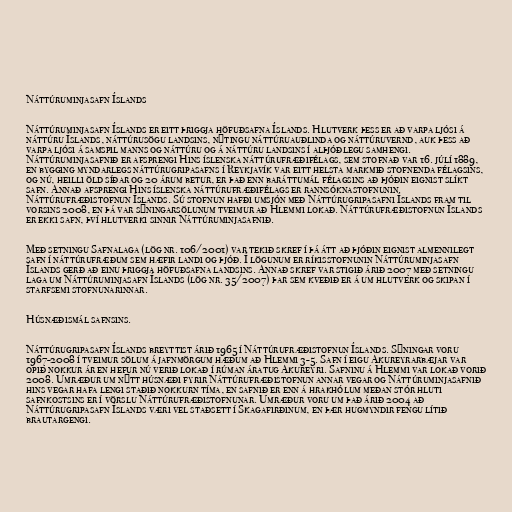
Náttúruminjasafn Íslands

Náttúruminjasafn Íslands er eitt þriggja höfuðsafna Íslands. Hlutverk þess er að varpa ljósi á
náttúru Íslands, náttúrusögu landsins, nýtingu náttúruauðlinda og náttúruvernd, auk þess að
varpa ljósi á samspil manns og náttúru og á náttúru landsins í alþjóðlegu samhengi.
Náttúruminjasafnið er afsprengi Hins íslenska náttúrufræðifélags, sem stofnað var 16. júlí 1889,
en bygging myndarlegs náttúrugripasafns í Reykjavík var eitt helsta markmið stofnenda félagsins,
og nú, heilli öld síðar og 20 árum betur, er það enn baráttumál félagsins að þjóðin eignist slíkt
safn. Annað afsprengi Hins íslenska náttúrufræðifélags er rannsóknastofnunin
Náttúrufræðistofnun Íslands. Sú stofnun hafði umsjón með Náttúrugripasafni Íslands fram til
vorsins 2008, en þá var sýningarsölunum tveimur að Hlemmi lokað. Náttúrufræðistofnun Íslands
er ekki safn, því hlutverki sinnir Náttúruminjasafnið.

Með setningu Safnalaga (lög nr. 106/2001) var tekið skref í þá átt að þjóðin eignist almennilegt
safn í náttúrufræðum sem hæfir landi og þjóð. Í lögunum er ríkisstofnunin Náttúruminjasafn
Íslands gerð að einu þriggja höfuðsafna landsins. Annað skref var stigið árið 2007 með setningu
laga um Náttúruminjasafn Íslands (lög nr. 35/2007) þar sem kveðið er á um hlutverk og skipan í
starfsemi stofnunarinnar.

Húsnæðismál safnsins.

Náttúrugripasafn Íslands breyttist árið 1965 í Náttúrufræðistofnun Íslands. Sýningar voru
1967-2008 í tveimur sölum á jafnmörgum hæðum að Hlemmi 3-5. Safn í eigu Akureyrarbæjar var
opið nokkur ár en hefur nú verið lokað í rúman áratug Akureyri. Safninu á Hlemmi var lokað vorið
2008. Umræður um nýtt húsnæði fyrir Náttúrufræðistofnun annar vegar og Náttúruminjasafnið
hins vegar hafa lengi staðið nokkurn tíma, en safnið er enn á hrakhólum meðan stór hluti
safnkostsins er í vörslu Náttúrufræðistofnunar. Umræður voru um það árið 2004 að
Náttúrugripasafn Íslands væri vel staðsett í Skagafirðinum, en þær hugmyndir fengu lítið
brautargengi.